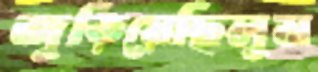
জুড়িয়েছিলুম